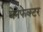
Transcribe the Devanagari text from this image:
बेनेफेक्टर